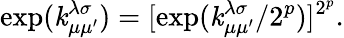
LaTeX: \exp(\operatorname{\mathit{k}}_{\mu\mu^{\prime}}^{\lambda\sigma})=[\exp(\operatorname{\mathit{k}}_{\mu\mu^{\prime}}^{\lambda\sigma}/2^{p})]^{2^{p}}.